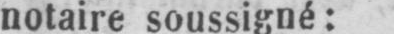
notaire soussigné: